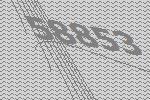
58853